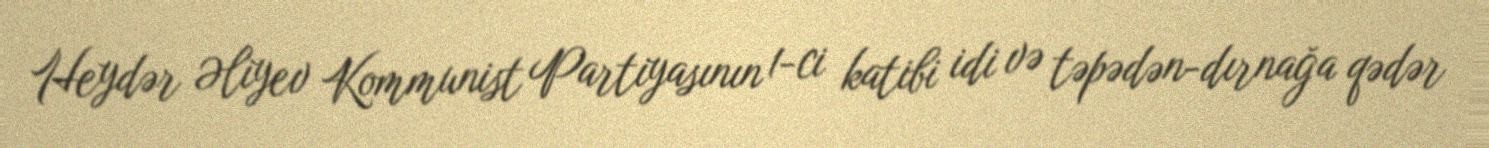
Heydər Əliyev Kommunist Partiyasının 1-ci katibi idi və təpədən-dırnağa qədər